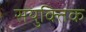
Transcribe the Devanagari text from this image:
सयुक्‍तिक